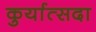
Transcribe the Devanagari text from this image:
कुर्यात्सदा